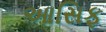
આસિફ